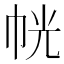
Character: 𭘜